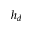
h _ { d }